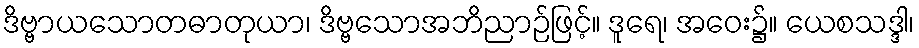
ဒိဗ္ဗာယသောတဓာတုယာ၊ ဒိဗ္ဗသောအဘိညာဉ်ဖြင့်။ ဒူရေ၊ အဝေး၌။ ယေစသဒ္ဒါ၊